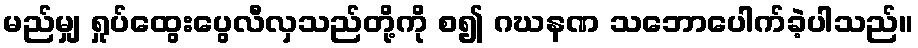
မည်မျှ ရှုပ်ထွေးပွေလီလှသည်တို့ကို စ၍ ဂဃနဏ သဘောပေါက်ခဲ့ပါသည်။